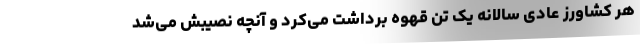
هر کشاورزِ عادی سالانه یک تن قهوه برداشت می‌کرد و آنچه نصیبش می‌شد